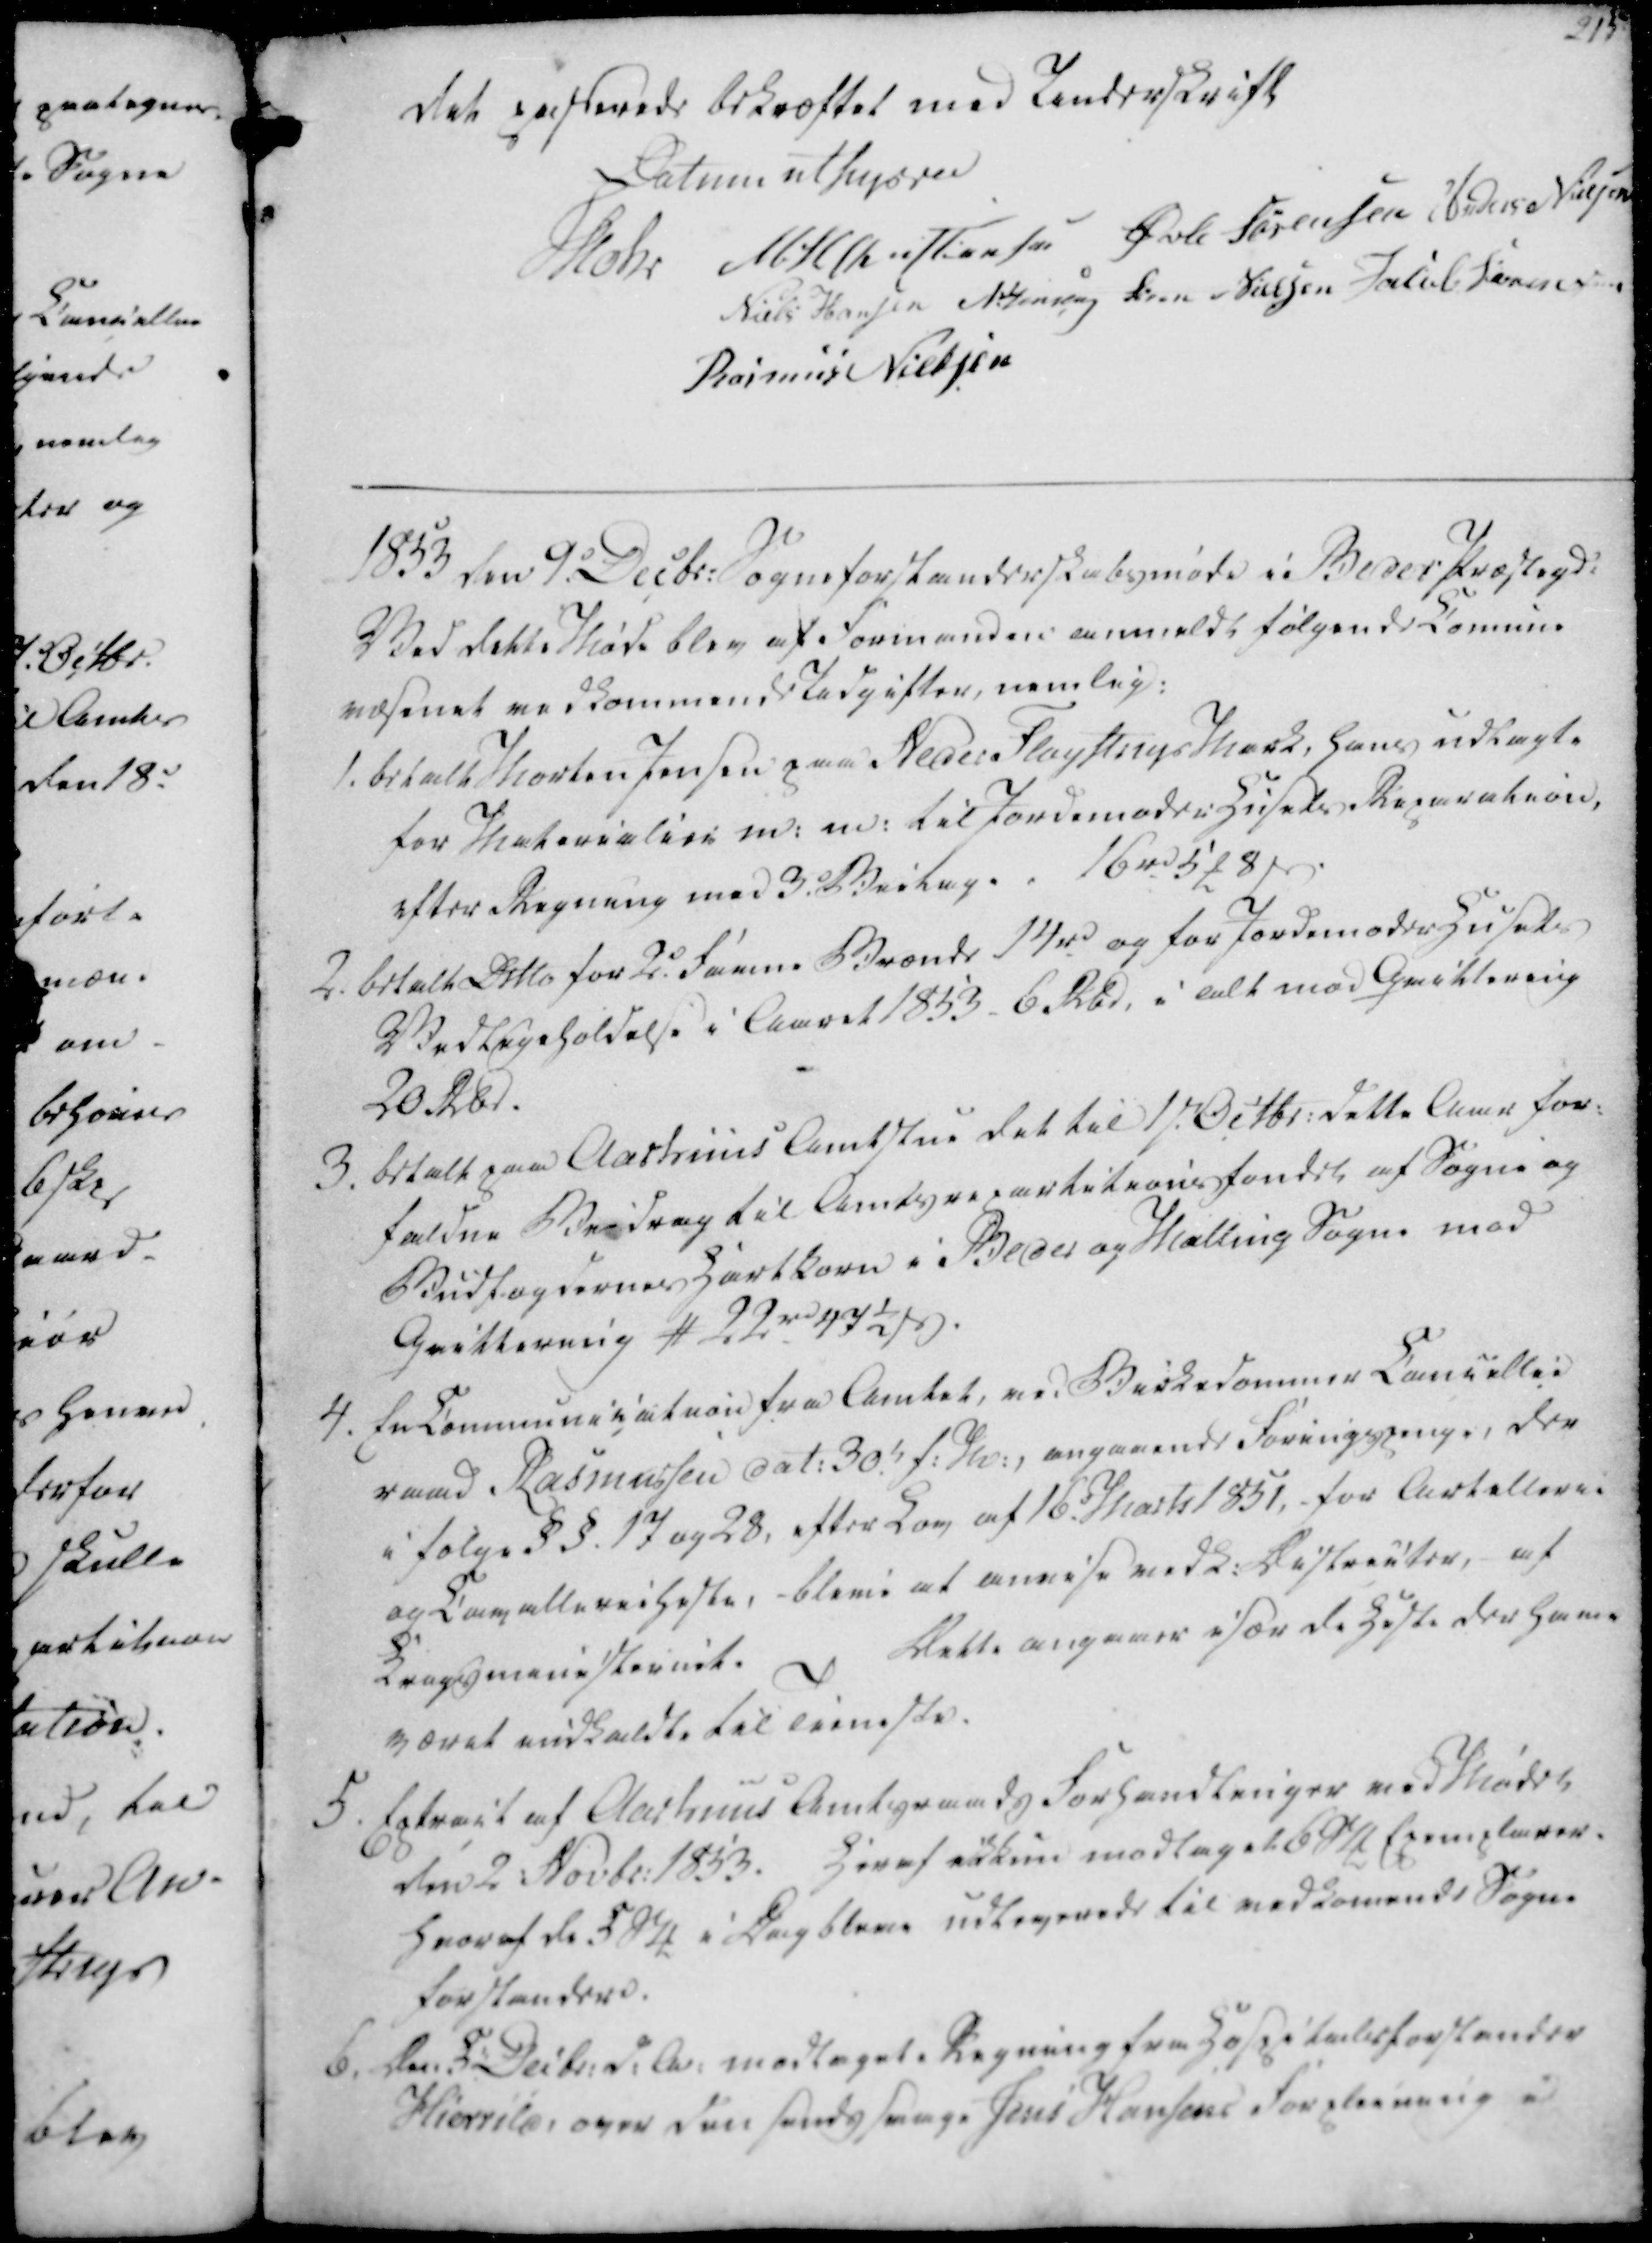
Transskription:
det passerede bekræftet med Underskrift
Datum ut supra
Mohr
M. H. Christiansen
Øvle Sørensen
Anders Nielsen
Niels Hansen
N. Jensen
Søren Nielsen
Jacob Sørensen
Rasmus Nielsen

1853 den 9. Decbr. Sogneforstanderskabsmøde i Beder Præstegd.
Ved dette Møde blev af Formanden anmeldt følgende Comune
væsenet vedkommende Udgifter, nemlig:

1. betalt Morten Jensen paa Neder Fløystrup Mark, hans udlagte
for Materialier m. m. til Jordemoder Husets Reparation,
efter Regning med 3. Bielag.
16 rd 5 ₻ 8 ẞ.
2. betalt Ditto for 2.d Favne Brænde 14 rd og for Jordemoder Husets
Vedligeholdelse i Aaret 1853. 6 Rbd, i alt mod Qvittering
20 Rbd.
3. betalt paa Aarhuus Amtstue det til 1st. Octbr. dette Aar for-
faldne Biedrag til Amtsrepartitionsfondet af Sogne og
Budfogdernes Hartkorn i Beder og Malling Sogne mod
Qvittering # 22 rd 47½ ẞ.

4. En Communication fra Amtet, ved Birkedommer Cancellie
raad Rasmussen dat. 30.t f.M., angaaende Foringspenge, der
i følge § §. 17 og 28, efter Lov af 16. Marts 1851, for Artellerne
og Cavallerieheste, - blive at anvise vedk. Districter, af
Krigsministeriet.
Dette angaaer især de Heste der have
været indkaldte til Tieneste.
5. Extract af Aarhuus Amtsraads Forhandlinger ved Mødet
den 2. Novbr. 1853. Heraf ikkun modtaget 6 Stk Exemplarer.
hvoraf de 5 Stk i Dag bleve udleverede til vedkomende Sogne
forstandere.
6. Den 5. Decbr. d.A. modtaget Regning fra Hospitalsforstander
Hierrild, over den sindssvage Jens Hansens Forpleining i